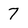
Character: 7